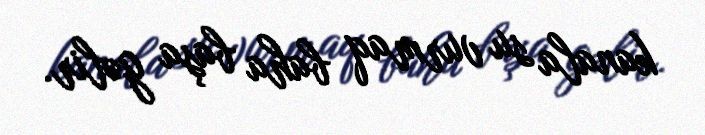
kanala su vurmaq baha başa gəlir.